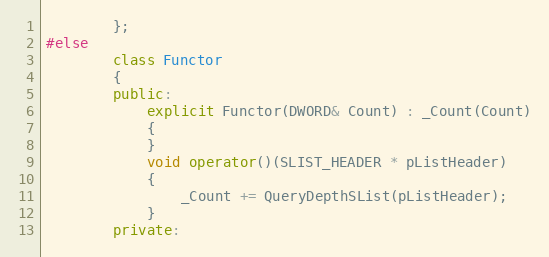
Language: C++
        };
#else
        class Functor
        {
        public:
            explicit Functor(DWORD& Count) : _Count(Count)
            {
            }
            void operator()(SLIST_HEADER * pListHeader)
            {
                _Count += QueryDepthSList(pListHeader);
            }
        private: